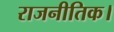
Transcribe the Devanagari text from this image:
राजनीतिक।